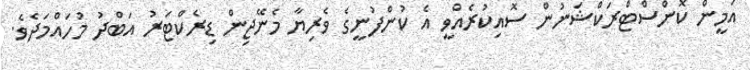
އަމީން ކޮންސްޓްރަކްޝަނުން ސޮއިކުރެއްވީ އެ ކުންފުނީގެ ވެރިޔާ މެނޭޖިން ޑިރެކްޓަރު އަބްދު މުހައްމަދެވެ.